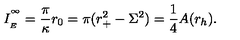
I _ { \phantom { } _ { E } } ^ { \phantom { } ^ { \infty } } = \frac { \pi } { \kappa } r _ { 0 } = \pi ( r _ { + } ^ { 2 } - \Sigma ^ { 2 } ) = \frac { 1 } { 4 } A ( r _ { h } ) .